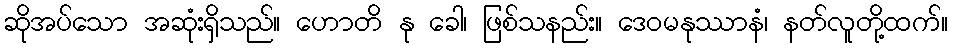
ဆိုအပ်သော အဆုံးရှိသည်။ ဟောတိ နု ခေါ၊ ဖြစ်သနည်း။ ဒေဝမနုဿာနံ၊ နတ်လူတို့ထက်။